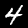
Digit: 4